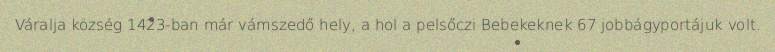
Váralja község 1423-ban már vámszedő hely, a hol a pelsőczi Bebekeknek 67 jobbágyportájuk volt.